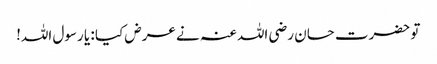
تو حضرت حسان رضی اللہ عنہ نے عرض کیا : یا رسول اللہ!